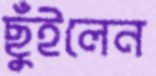
ছুঁইলেন